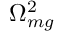
\Omega _ { m g } ^ { 2 }